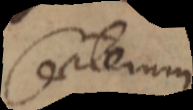
Caeterum